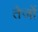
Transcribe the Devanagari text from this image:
तेजों